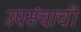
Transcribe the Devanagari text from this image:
उपसंचाची